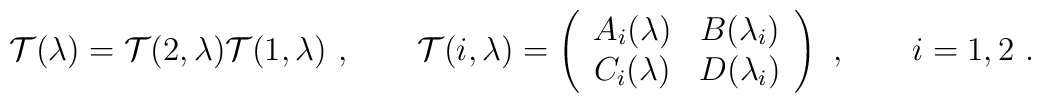
{\cal T}(\lambda) = {\cal T}(2,\lambda){\cal T}(1,\lambda)\ ,   \qquad   {\cal T}(i,\lambda) = \left(\begin{array}{cc} 		A_i(\lambda) & B(\lambda_i) \\		C_i(\lambda) & D(\lambda_i) \end{array} \right)\ ,   \qquad i=1,2\ .